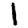
Digit: 1